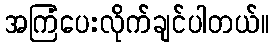
အကြံပေးလိုက်ချင်ပါတယ်။